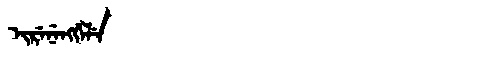
Manchu: ᡳᡵᡝᠨᡝᠩᡤᡝᠯᡝ
Romanization: IRENENGGELE